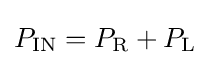
P_{\text{IN}}=P_{\text{R}}+P_{\text{L}}